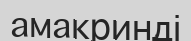
амакринді